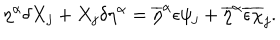
LaTeX: \eta ^ { \alpha } \delta X _ { j } + X _ { j } \delta \eta ^ { \alpha } = \overline { { { \eta } } } ^ { \alpha } \epsilon \psi _ { j } + \overline { { { \eta } } } ^ { \alpha } \overline { { { \epsilon } } } \overline { { { \chi } } } _ { j } .